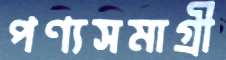
পণ্যসমাগ্রী